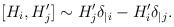
LaTeX: \begin{align*}[H_i, H_j^{\prime}] \sim H_j^{\prime}\delta_{|i} - H_i^{\prime}\delta_{|j}.\end{align*}